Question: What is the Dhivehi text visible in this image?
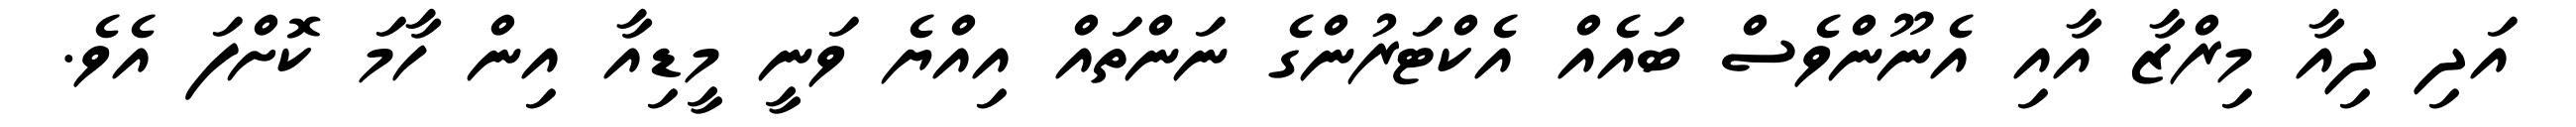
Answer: އަދި ދިއާ މިރްޒާ އާއި އެނޫންވެސް ބައެއް އެކްޓަރުންގެ ނަންތައް އިއްޔެ ވަނީ މީޑިއާ އިން ހާމަ ކޮށްފަ އެވެ.